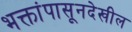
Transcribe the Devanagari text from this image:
भक्तांपासूनदेखील